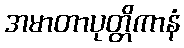
အမာတာပုတ္တိကာနံ